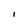
Character: I